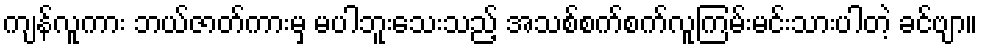
ကျန်လူကား ဘယ်ဇာတ်ကားမှ မပါဘူးသေးသည့် အသစ်စက်စက်လူကြမ်းမင်းသားပါတဲ့ ခင်ဗျာ။